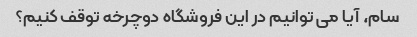
سام، آیا می توانیم در این فروشگاه دوچرخه توقف کنیم؟